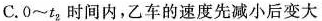
C. 0~t_{2}时间内，乙车的速度先减小后变大